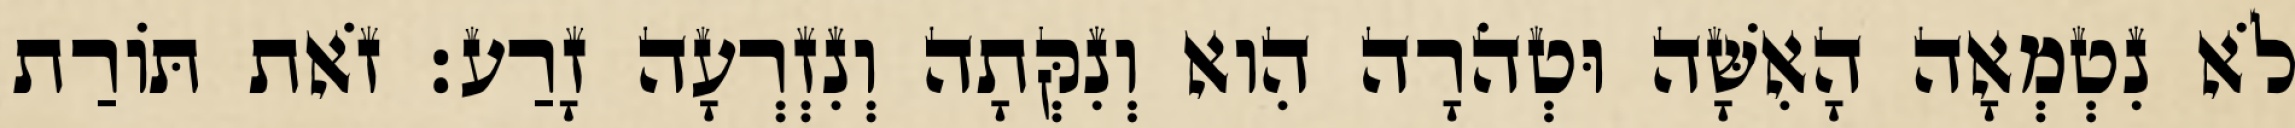
לֹא נִטְמְאָה הָאִשָּׁה וּטְהֹרָה הִוא וְנִקְּתָה וְנִזְרְעָה זָרַע׃ זֹאת תּוֹרַת